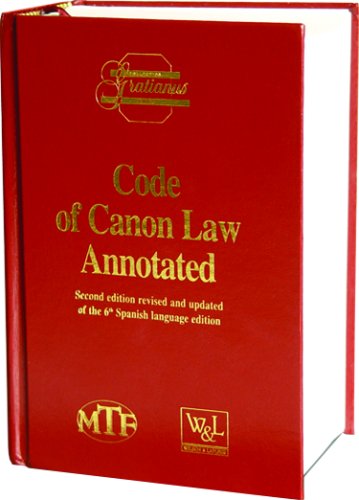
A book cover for Code of Canon Law Annotated: Prepared Under the Responsibility of the Instituto Martin De Azpilcueta; Ernest Caparros; Christian Books & Bibles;